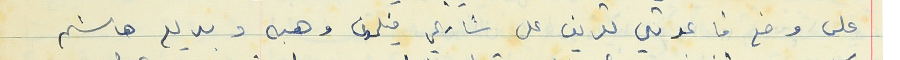
على وضع قاعدتي تعريف على شارع فيلمون وهبه وبديع هاشم